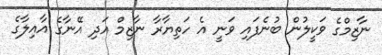
ނާޒިމްގެ ވަކީލުން ބުނެފައި ވަނީ އެ ހަތިޔާރާ ނާޒިމް އަދި އޭނާގެ އާއިލާގެ